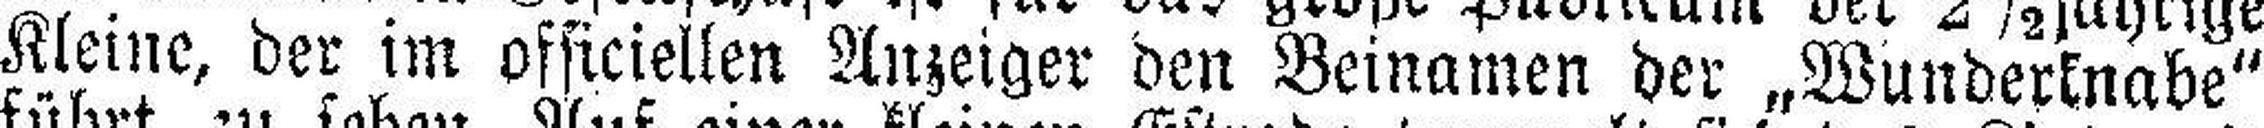
Kleine, der im officiellen Anzeiger den Beinamen der „Wunderknabe“